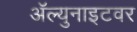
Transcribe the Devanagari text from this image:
ॲल्युनाइटवर